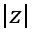
| z |